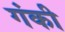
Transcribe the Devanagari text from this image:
गंकी